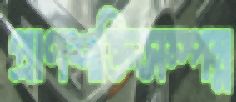
প্রাণশক্তিসম্পন্ন